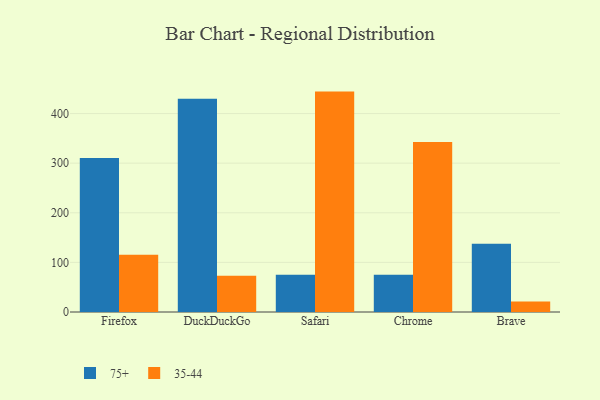
{"axis": {"x": "Browser", "y": "Humidity (%)"}, "legend": ["35-44", "75+"], "data": [{"x": "Firefox", "y": 310.4, "type": "75+"}, {"x": "Firefox", "y": 115.2, "type": "35-44"}, {"x": "DuckDuckGo", "y": 429.7, "type": "75+"}, {"x": "DuckDuckGo", "y": 72.9, "type": "35-44"}, {"x": "Safari", "y": 75.0, "type": "75+"}, {"x": "Safari", "y": 444.3, "type": "35-44"}, {"x": "Chrome", "y": 75.0, "type": "75+"}, {"x": "Chrome", "y": 342.9, "type": "35-44"}, {"x": "Brave", "y": 137.7, "type": "75+"}, {"x": "Brave", "y": 21.1, "type": "35-44"}]}